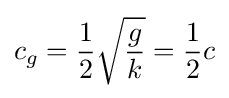
c_{g}={\frac {1}{2}}{\sqrt {\frac {g}{k}}}={\frac {1}{2}}c